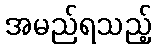
အမည်ရသည့်